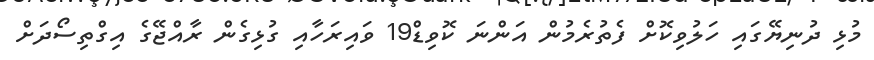
މުޅި ދުނިޔޭގައި ހަލުވިކޮށް ފެތުރެމުން އަންނަ ކޮވިޑް19 ވައިރަހާއި ގުޅިގެން ރާއްޖޭގެ އިގްތިސޯދަށް